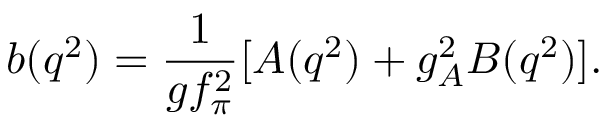
b ( q ^ { 2 } ) = \frac { 1 } { g f _ { \pi } ^ { 2 } } [ A ( q ^ { 2 } ) + g _ { A } ^ { 2 } B ( q ^ { 2 } ) ] .